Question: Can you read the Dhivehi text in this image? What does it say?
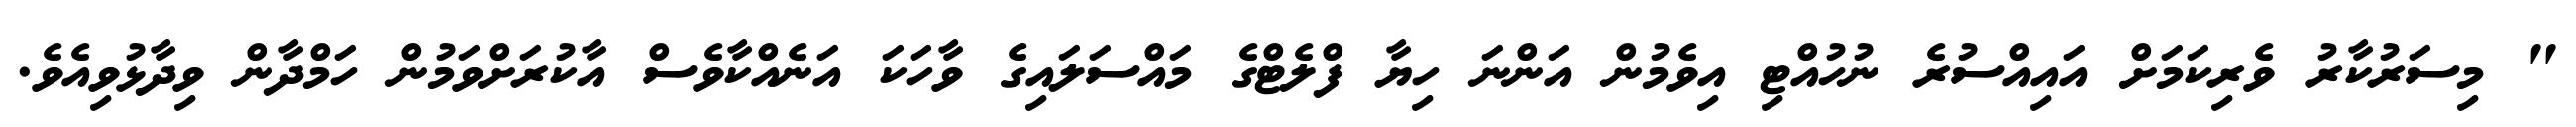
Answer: " މިސަރުކާރު ވެރިކަމަށް އައިއްސުރެ ނުހުއްޓި އިވެމުން އަންނަ ހިޔާ ފްލެޓްގެ މައްސަލައިގެ ވާހަކަ އަނެއްކާވެސް އާކުރަށްވަމުން ހަމްދާން ވިދާޅުވިއެވެ.